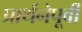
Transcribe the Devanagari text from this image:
प्रार्थनेपूर्वी